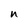
Character: n